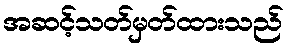
အဆင့်သတ်မှတ်ထားသည်